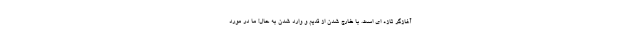
آغازگر تازه ای است. با خارج شدن از قدیم و وارد شدن به حال! ما در مورد